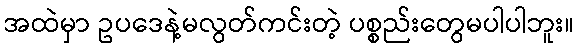
အထဲမှာ ဥပဒေနဲ့မလွတ်ကင်းတဲ့ ပစ္စည်းတွေမပါပါဘူး။